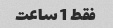
فقط 1 ساعت